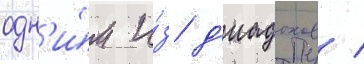
одн'и́м и́з д'иадохов /